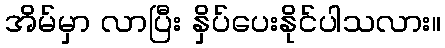
အိမ်မှာ လာပြီး နှိပ်ပေးနိုင်ပါသလား။